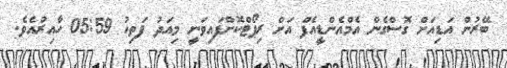
ބޭރުން އަޑިއަށް ގޮސްގެން އެމްއެންޑީއެފް އަށް ރިޕޯޓްކޮށްފައިވަނީ މިއަދު ފަތިހު 05:59 ހާއިރުއެވެ.